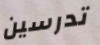
تدرسين